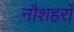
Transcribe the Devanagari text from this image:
नौशहराँ